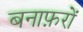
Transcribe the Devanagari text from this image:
बनाफ़रों